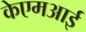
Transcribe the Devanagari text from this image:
केएमआई